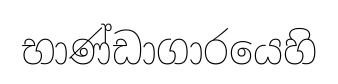
භාණ්ඩාගාරයෙහි